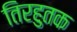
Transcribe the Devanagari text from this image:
तिरहुतक